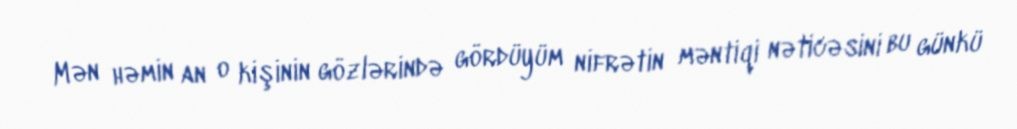
Mən həmin an o kişinin gözlərində gördüyüm nifrətin məntiqi nəticəsini bu günkü